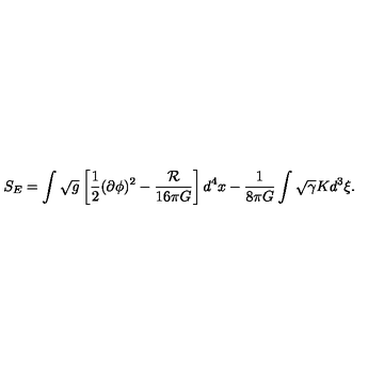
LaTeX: S _ { E } = \int \sqrt { g } \left[ { \frac { 1 } { 2 } } ( \partial \phi ) ^ { 2 } - { \frac { \cal R } { 1 6 \pi G } } \right] d ^ { 4 } x - { \frac { 1 } { 8 \pi G } } \int \sqrt { \gamma } K d ^ { 3 } \xi .